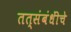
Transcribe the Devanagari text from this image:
तत्संबंधींचे